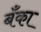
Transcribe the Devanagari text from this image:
बॅँका